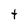
Character: t